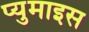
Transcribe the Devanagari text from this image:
प्युमाइस